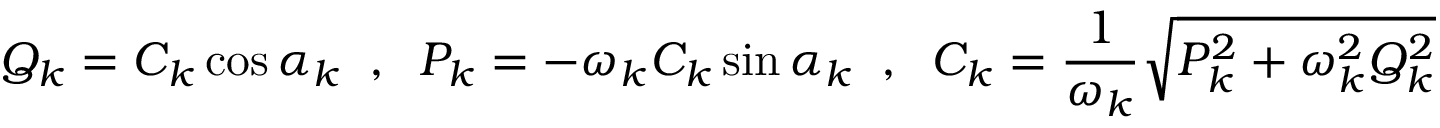
Q _ { k } = C _ { k } \cos \alpha _ { k } \; \; , \; \; P _ { k } = - \omega _ { k } C _ { k } \sin \alpha _ { k } \; \; , \; \; C _ { k } = \frac { 1 } { \omega _ { k } } \sqrt { P _ { k } ^ { 2 } + \omega _ { k } ^ { 2 } Q _ { k } ^ { 2 } }